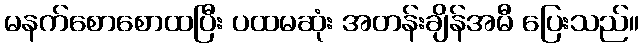
မနက်စောစောထပြီး ပထမဆုံး အတန်းချိန်အမီ ပြေးသည်။